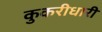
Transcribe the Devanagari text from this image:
कुकरीधारी